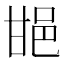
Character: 𨚠